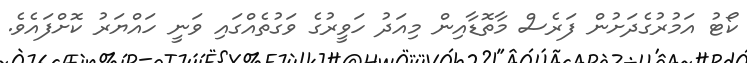
ކޯޓު އަމުރުގެދަށުން ފަރެސް މާތޮޑާއިން މިއަދު ހަވީރުގެ ވަގުތެއްގައި ވަނީ ހައްޔަރު ކޮށްފައެވެ.